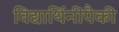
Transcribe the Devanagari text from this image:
विद्यार्थिनींपैकी